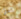
هو